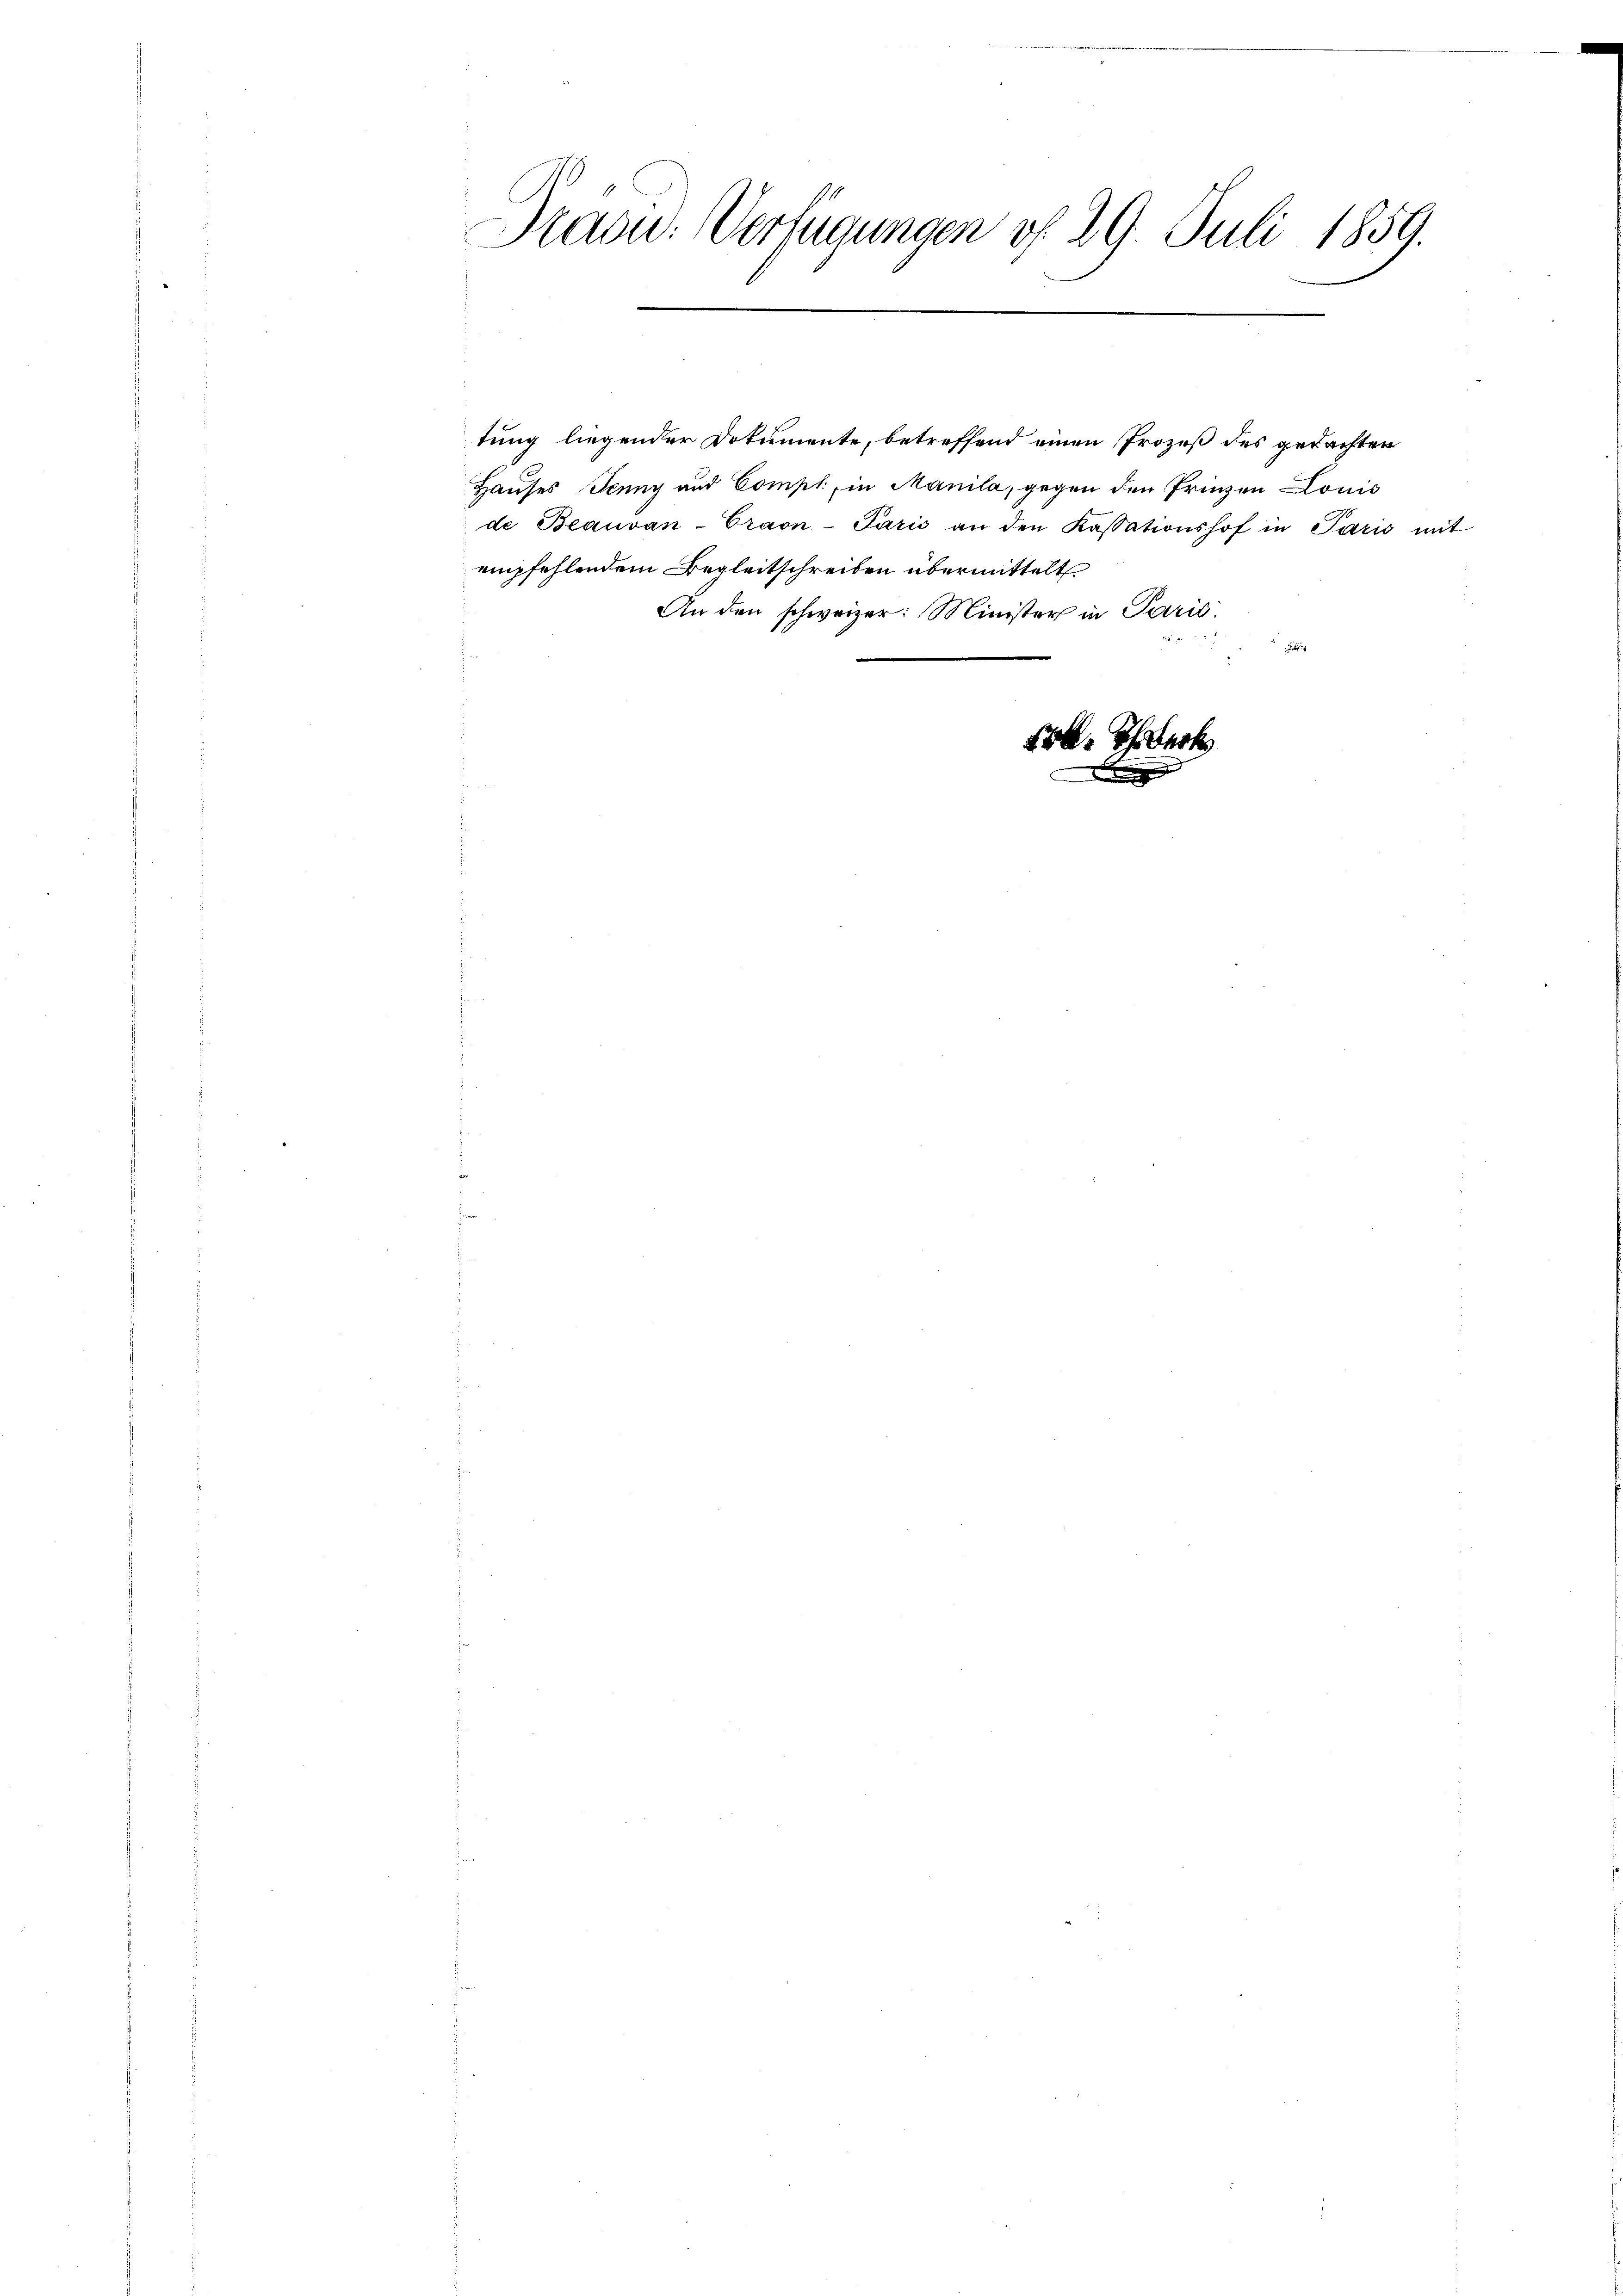
Pradu: Verfügungen do 29. Juli 1859.
1252)

tung liegender Dokumente, betreffend einen Prozeß des gedachten
Hauses Jenny und Compl, in Manila, gegen den Prinzen Louis
de Beauvan-Traon-Paris an den Kassationshof in Paris mit
empfehlendem Begleitschreiben übermittelt
An den schweizer: Minister in Parić,
g

13